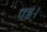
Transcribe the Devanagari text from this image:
पड।